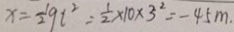
x = \frac { 1 } { 2 } g t ^ { 2 } = \frac { 1 } { 2 } \times 1 0 \times 5 ^ { 2 } = - 4 5 m .